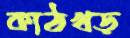
কাঠখড়